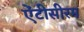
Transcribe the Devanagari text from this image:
ऐंटीसीरम